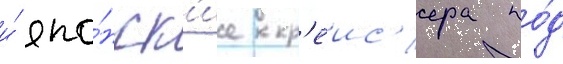
и́ япо́нск'ие кр'еис'ера по́д